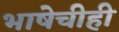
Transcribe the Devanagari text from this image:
भाषेचीही